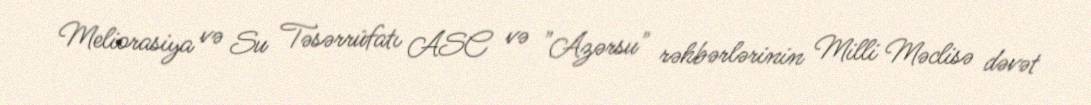
Meliorasiya və Su Təsərrüfatı ASC və "Azərsu" rəhbərlərinin Milli Məclisə dəvət